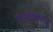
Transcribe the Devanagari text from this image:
तन्त्रतिलक